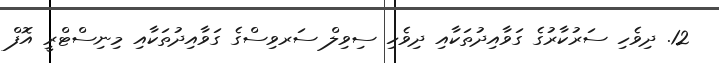
12. ދިވެހި ސަރުކާރުގެ ގަވާއިދުތަކާއި ދިވެހި ސިވިލް ސަރވިސްގެ ގަވާއިދުތަކާއި މިނިސްޓްރީ އޮފް